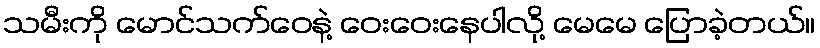
သမီးကို မောင်သက်ဝေနဲ့ ဝေးဝေးနေပါလို့ မေမေ ပြောခဲ့တယ်။